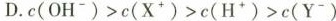
D.c(OH^{-})>c(X^{+})>c(H^{+})>c(y^{-})